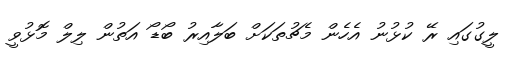
ލީގުގައި ރޭ ކުޅުނު އެހެން މެޗުތަކަށް ބަލާއިރު ބޯޑޯ އަތުން ލިލް މޮޅުވީ